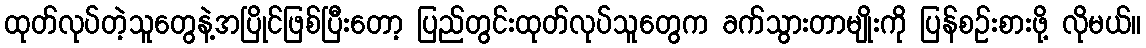
ထုတ်လုပ်တဲ့သူတွေနဲ့အပြိုင်ဖြစ်ပြီးတော့ ပြည်တွင်းထုတ်လုပ်သူတွေက ခက်သွားတာမျိုးကို ပြန်စဉ်းစားဖို့ လိုမယ်။